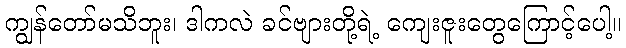
ကျွန်တော်မသိဘူး၊ ဒါကလဲ ခင်ဗျားတို့ရဲ့ ကျေးဇူးတွေကြောင့်ပေါ့။